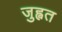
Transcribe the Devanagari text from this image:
जुह्वत